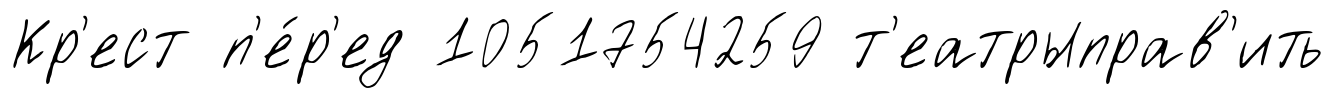
Кр'ест п'е́р'ед 1051754259 т'еатрыправ'ить